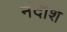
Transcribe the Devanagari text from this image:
नंदीश